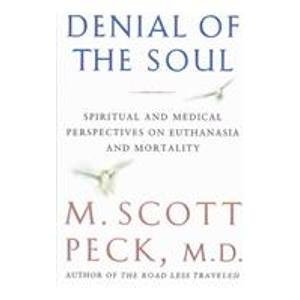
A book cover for Denial of the Soul: Spiritual and Medical Perspectives on Euthanasia and Mortality; M. Scott Peck; Law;